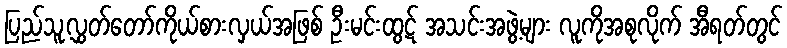
ပြည်သူ့လွှတ်တော်ကိုယ်စားလှယ်အဖြစ် ဦးမင်းထွဋ် အသင်းအဖွဲ့များ လူကိုအစုလိုက် အီရတ်တွင်